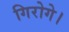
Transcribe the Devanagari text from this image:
गिरोगे।